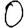
Digit: 0